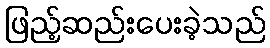
ဖြည့်ဆည်းပေးခဲ့သည်